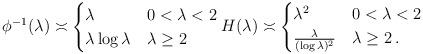
LaTeX: \begin{align*} \phi^{-1}(\lambda)\asymp \begin{cases} \lambda& 0<\lambda<2\\ \lambda\log\lambda & \lambda\geq 2 \end{cases} H(\lambda)\asymp \begin{cases} \lambda^2& 0<\lambda<2\\ \frac{\lambda}{(\log\lambda)^2} & \lambda\geq 2\,. \end{cases}\end{align*}